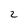
Character: 2